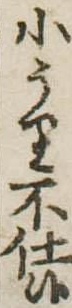
小うり不仕候